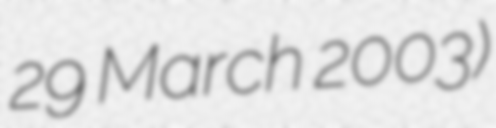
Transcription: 29 March 2003)